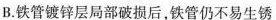
B.铁管镀锌层局部破损后，铁管仍不易生锈